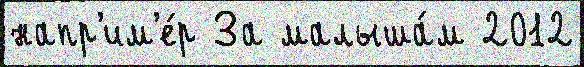
напр'им'е́р За малыша́м 2012